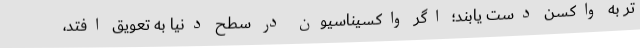
تر به واکسن دست یابند؛ اگر واکسیناسیون در سطح دنیا به تعویق افتد،